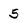
Character: 5